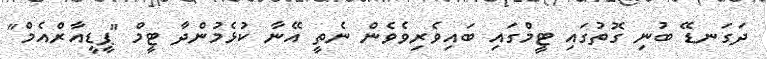
ދަގަނޑޭ ބުނި ގޮތުގައި ޓީމްގައި ބައިވެރިވެވެން ނެތީ އޭނާ ކުޅެމުންދާ ޓީމް "ޕީޑީއާރްއެމް"